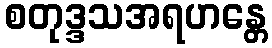
စတုဒ္ဒသအရဟန္တေ